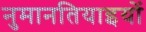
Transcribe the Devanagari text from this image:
नुमानतियाइयों